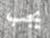
يجب